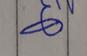
Signature authenticity: genuine